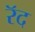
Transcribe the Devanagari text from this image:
रॅद